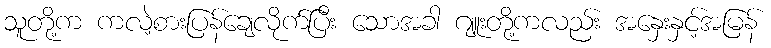
သူတို့က ကလဲ့စားပြန်ချေလိုက်ပြီး သောအခါ ဂျူးတို့ကလည်း အနှေးနှင့်အမြန်